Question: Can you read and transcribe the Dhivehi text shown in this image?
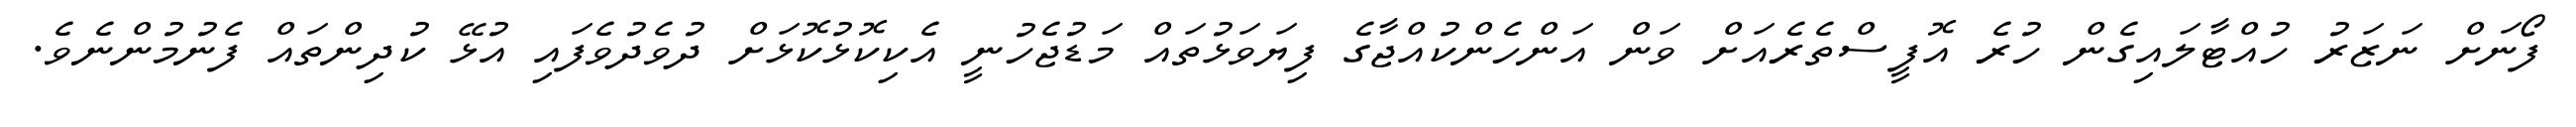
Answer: ފޯނަށް ނަޒަރު ހުއްޓާލައިގެން ހުރެ އޮފީސްތެރެއަށް ވަން އަންހެންކުއްޖާގެ ފިޔަވަޅުތައް މަޑުޖެހުނީ އެކިކޮޅުކޮޅަށް ދުވެދުވެފައި އުޅޭ ކުދިންތައް ފެނުމުންނެވެ.